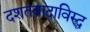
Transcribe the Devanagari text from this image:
दशतवादाविरुद्ध